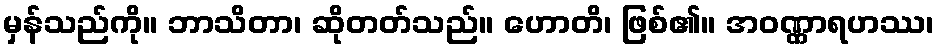
မှန်သည်ကို။ ဘာသိတာ၊ ဆိုတတ်သည်။ ဟောတိ၊ ဖြစ်၏။ အဝဏ္ဏာရဟဿ၊